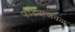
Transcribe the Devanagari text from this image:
फोंड्याजवळ